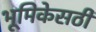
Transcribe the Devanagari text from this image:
भूमिकेसठी